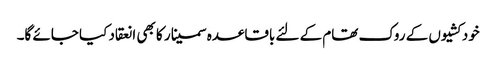
خودکشیوں کے روک تھام کے لئے باقاعدہ سمینار کا بھی انعقاد کیا جائے گا۔